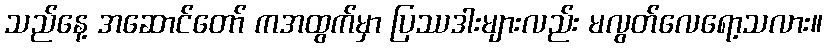
သည်နေ့ အဆောင်တော် ကအထွက်မှာ ပြဿဒါးများလည်း မလွတ်လေရော့သလား။